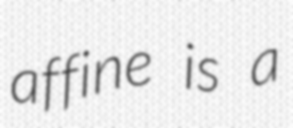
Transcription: affine is a